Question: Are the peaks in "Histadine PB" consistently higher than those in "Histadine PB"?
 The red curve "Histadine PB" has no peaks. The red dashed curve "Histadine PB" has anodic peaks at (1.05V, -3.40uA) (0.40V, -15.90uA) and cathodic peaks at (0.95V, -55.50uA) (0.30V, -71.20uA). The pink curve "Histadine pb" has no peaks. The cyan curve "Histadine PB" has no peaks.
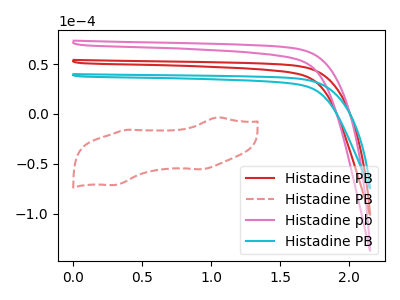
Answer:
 <answer>Niether CV has any peaks.</answer>
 <eval>blanks</eval>